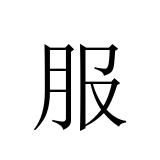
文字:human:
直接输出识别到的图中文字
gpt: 服